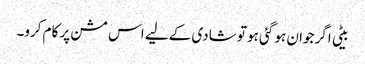
بیٹی اگر جوان ہو گئی ہو تو شادی کے لیے اس مشن پر کام کرو۔